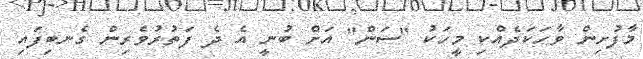
މާފުށިން ވާހަކަދެއްކި މީހަކު "ސަން" އަށް ބުނީ އެ ދެ ފަތުރުވެރިން ގެނބިފައި